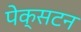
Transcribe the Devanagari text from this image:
पेक्‍सटन